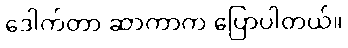
ဒေါက်တာ ဆာကာက ပြောပါတယ်။